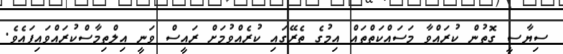
ސިޔާސީ ގޮތުން ކުރައްވާ މަސައްކަތްތައް އިމުގެ ތެރޭގައި ކުރެއްވުމަށް ރައީސް ވަނީ އިލްތިމާސްކުރައްވައިފައެވެ.